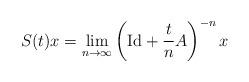
LaTeX: \begin{align*}S(t)x=\lim_{n\to\infty}\left(\mathrm{Id}+\frac{t}{n}A\right)^{-n}x\end{align*}